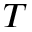
T